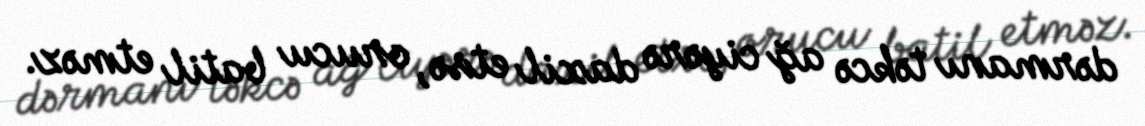
dərmanı təkcə ağ ciyərə daxil etsə, orucu batil etməz.